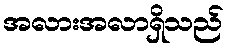
အလားအလာရှိသည်